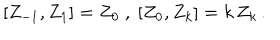
LaTeX: [ Z _ { - 1 } , Z _ { 1 } ] = Z _ { 0 } \ , \ [ Z _ { 0 } , Z _ { k } ] = k \, Z _ { k } \, .